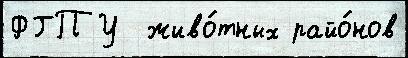
ФГПУ  живо́тных райо́нов